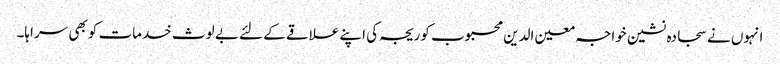
انہوں نے سجادہ نشین خواجہ معین الدین محبوب کوریجہ کی اپنے علاقے کے لئے بے لوث خدمات کو بھی سراہا۔